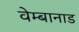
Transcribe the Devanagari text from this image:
वेम्बानाड